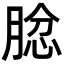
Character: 𦝅